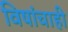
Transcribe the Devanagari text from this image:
विषांचाही